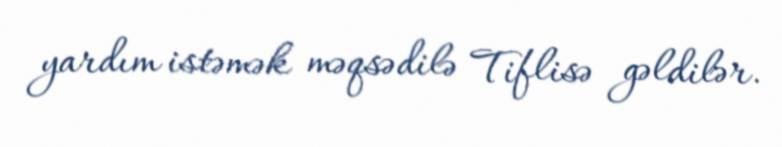
yardım istəmək məqsədilə Tiflisə gəldilər.